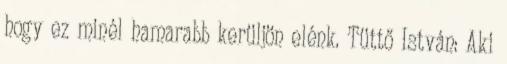
hogy ez minél hamarabb kerüljön elénk. Tüttő István: Aki